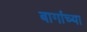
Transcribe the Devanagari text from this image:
बागांच्या